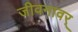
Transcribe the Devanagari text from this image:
जीवनावर्